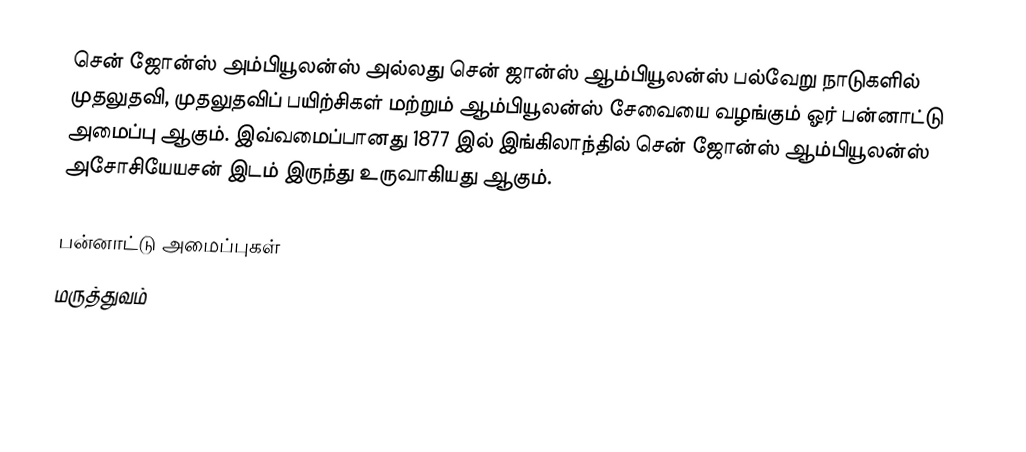
சென் ஜோன்ஸ் அம்பியூலன்ஸ் அல்லது சென் ஜான்ஸ் ஆம்பியூலன்ஸ் பல்வேறு நாடுகளில் முதலுதவி, முதலுதவிப் பயிற்சிகள் மற்றும் ஆம்பியூலன்ஸ் சேவையை வழங்கும் ஓர் பன்னாட்டு அமைப்பு ஆகும். இவ்வமைப்பானது 1877 இல் இங்கிலாந்தில் சென் ஜோன்ஸ் ஆம்பியூலன்ஸ் அசோசியேயசன் இடம் இருந்து உருவாகியது ஆகும்.

பன்னாட்டு அமைப்புகள்
மருத்துவம்